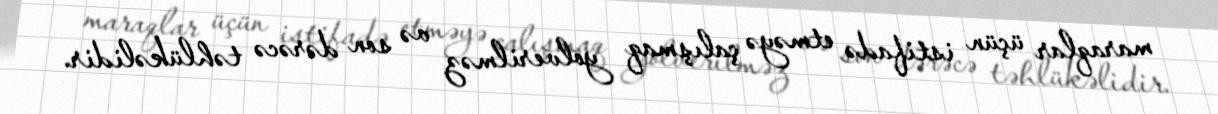
maraqlar üçün istifadə etməyə çalışmaq yolverilməz və son dərəcə təhlükəlidir.